Vaccine operations Central Provinces 1886-1899 - 1886-1899
Year: 1886
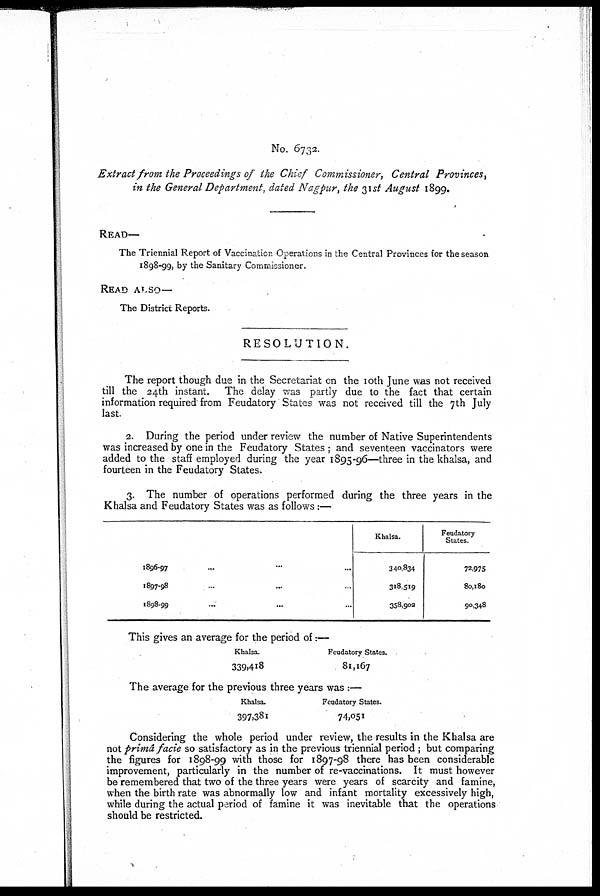
No. 6732.
Extract from the Proceedings of the Chief Commissioner, Central Provinces,
in the General Department, dated Nagpur, the 31st August 1899.
READ—
The Triennial Report of Vaccination Operations in the Central Provinces for the season
1898-99, by the Sanitary Commissioner.
READ ALSO—
The District Reports.
RESOLUTION.
The report though due in the Secretariat on the 10th June was not received
till the 24th instant. The delay was partly due to the fact that certain
information required from Feudatory States was not received till the 7th July
last.
2. During the period under review the number of Native Superintendents
was increased by one in the Feudatory States ; and seventeen vaccinators were
added to the staff employed during the year 1895-96—three in the khalsa, and
fourteen in the Feudatory States.
3. The number of operations performed during the three years in the
Khalsa and Feudatory States was as follows:—
1896-97
...
...
...
1897-98 ... ... ...
1898-99 ... ... ...
Khalsa.
340,834
318,519
358,902
Feudatory
States.
72,975
80,180
90,348
This gives an average for the period of:—
Khalsa.
339,418
Feudatory States.
81,167
The average for the previous three years was :—
Khalsa.
397,381
Feudatory States.
74,051
Considering the whole period under review, the results in the Khalsa are
not primâ facie so satisfactory as in the previous triennial period; but comparing
the figures for 1898-99 with those for 1897-98 there has been considerable
improvement, particularly in the number of re-vaccinations. It must however
be remembered that two of the three years were years of scarcity and famine,
when the birth rate was abnormally low and infant mortality excessively high,
while during the actual period of famine it was inevitable that the operations
should be restricted.